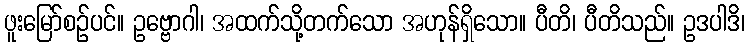
ဖူးမြော်စဉ်ပင်။ ဥဗ္ဗောဂါ၊ အထက်သို့တက်သော အဟုန်ရှိသော။ ပီတိ၊ ပီတိသည်။ ဥဒပါဒိ၊